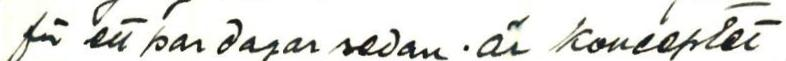
för ett par dagar sedan. är konceptet